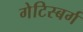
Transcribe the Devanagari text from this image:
गेटिस्बर्ग